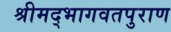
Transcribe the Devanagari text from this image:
श्रीमद्भागवतपुराण